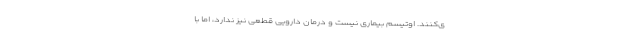
ی‌کنند. اوتیسم بیماری نیست و درمان دارویی قطعی نیز ندارد، اما با